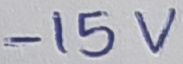
Text: -15V